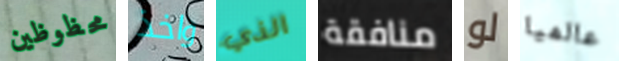
محظوظين واخذ الذي منافقة لو عالميا